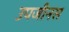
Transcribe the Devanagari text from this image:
उपजीनस